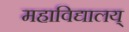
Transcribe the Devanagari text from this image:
महाविद्यालय्